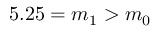
5 . 2 5 = m _ { 1 } > m _ { 0 }